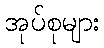
အုပ်စုများ